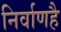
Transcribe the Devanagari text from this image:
निर्वाणहै